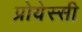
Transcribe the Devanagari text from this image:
प्रोयेस्सी